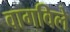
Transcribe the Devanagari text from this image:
वागविले